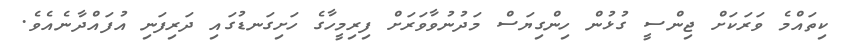
ކިތައްމެ ވަރަކަށް ޖިންސީ ގުޅުން ހިންގިޔަސް މަދުނުވާވަރަށް ފިރިމީހާގެ ހަށިގަނޑުގައި ދަރިފަނި އުފައްދާނެއެވެ.